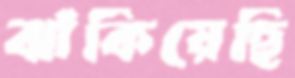
ঝাঁকিয়েছি